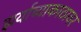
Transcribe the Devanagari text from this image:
झर्याच्याकाठावर